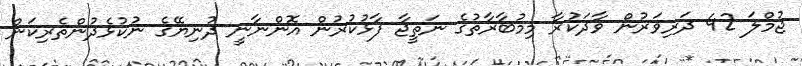
ޖުމްލަ 42 ދަރިވަރުން ވާދަކުރާ މިމުބާރާތުގެ ނަތީޖާ ފާޅުކުރުން އޮންނާނީ ދުނިޔޭގެ ނުކުޅެދުންތެރިކަން